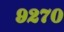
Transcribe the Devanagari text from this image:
९२७०